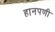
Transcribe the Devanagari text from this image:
हानपणी